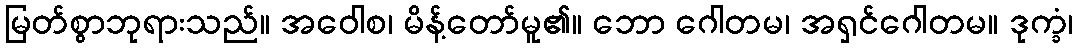
မြတ်စွာဘုရားသည်။ အဝေါစ၊ မိန့်တော်မူ၏။ ဘော ဂေါတမ၊ အရှင်ဂေါတမ။ ဒုက္ခံ၊